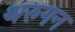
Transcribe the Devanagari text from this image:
थरुगन